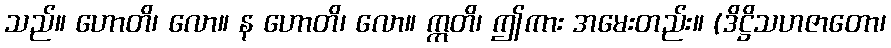
သည်။ ဟောတိ၊ လော။ န ဟောတိ၊ လော။ ဣတိ၊ ဤကား အမေးတည်း။ (ဒိဋ္ဌိသဟဇာတော၊